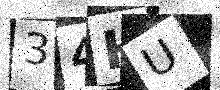
Text: 34HU